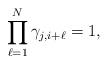
LaTeX: \begin{align*} \prod_{\ell=1}^N \gamma_{j,i+\ell} = 1,\end{align*}